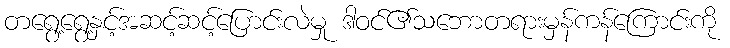
တရွေ့ရွေ့နှင့်အဆင့်ဆင့်ပြောင်းလဲမှု ဒါဝင်၏သဘောတရားမှန်ကန်ကြောင်းကို